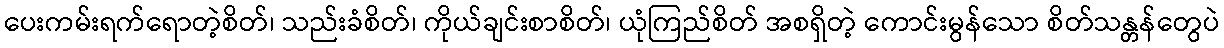
ပေးကမ်းရက်ရောတဲ့စိတ်၊ သည်းခံစိတ်၊ ကိုယ်ချင်းစာစိတ်၊ ယုံကြည်စိတ် အစရှိတဲ့ ကောင်းမွန်သော စိတ်သန္တန်တွေပဲ